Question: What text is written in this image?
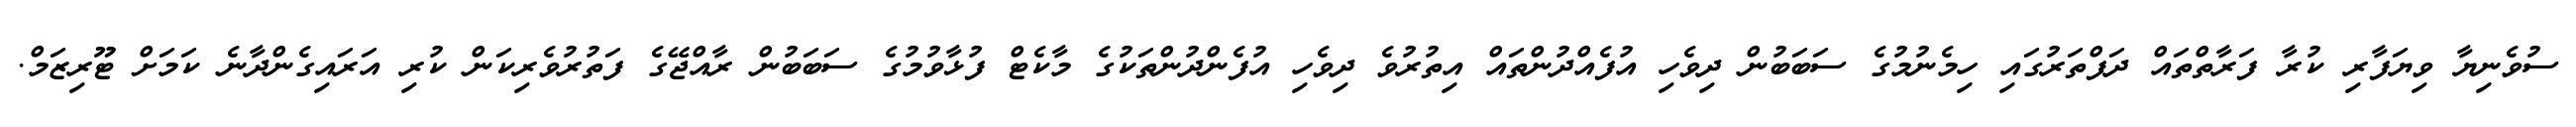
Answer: ސުވެނިޔާ ވިޔަފާރި ކުރާ ފަރާތްތައް ދަފްތަރުގައި ހިމެނުމުގެ ސަބަބުން ދިވެހި އުފެއްދުންތައް އިތުރުވެ ދިވެހި އުފެންދުންތަކުގެ މާކެޓް ފުޅާވުމުގެ ސަބަބުން ރާއްޖޭގެ ފަތުރުވެރިކަން ކުރި އަރައިގެންދާނެ ކަމަށް ޓޫރިޒަމް.